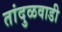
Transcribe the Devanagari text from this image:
तांदुळवाडी